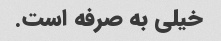
خیلی به صرفه است.